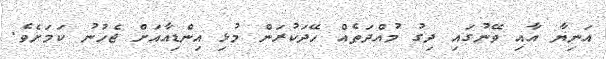
އަނިޔާ އާއި ވޭނުގައި ދިގު މުއްދަތެއް ހޭދަކުރަން މުޅި އިންޑިއާއަށް ޖެހުނު ކަމަށެވެ.